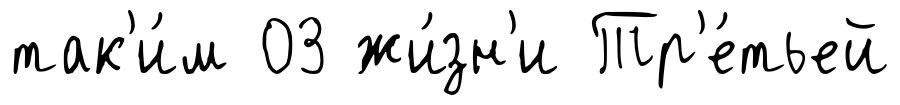
так'и́м 03 жи́зн'и Тр'е́тьей